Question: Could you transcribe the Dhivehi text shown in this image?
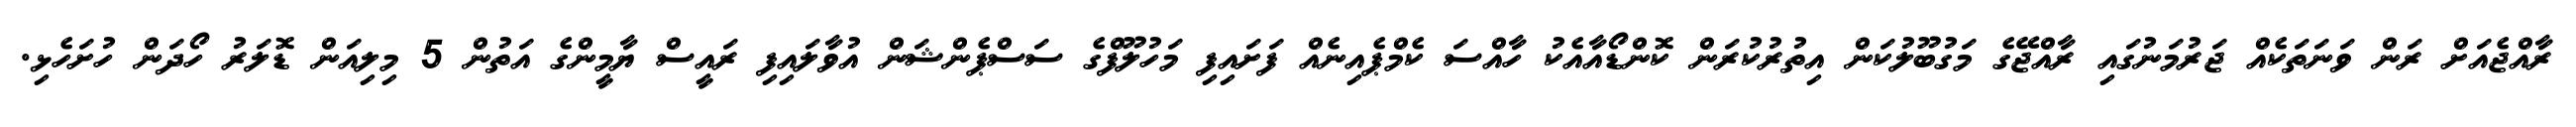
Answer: ރާއްޖެއަށް ރަން ވަނަތަކެއް ޖަރުމަނުގައި ރާއްޖޭގެ މަގުބޫލުކަން އިތުރުކުރަން ކޮންޑޯއާއެކު ހާއްސަ ކެމްޕެއިނެއް ފަށައިފި މަހުލޫފްގެ ސަސްޕެންޝަން އުވާލައިފި ރައީސް ޔާމީންގެ އަތުން 5 މިލިއަން ޑޮލަރު ހޯދަން ހުށަހެޅި.